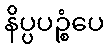
နိပ္ပပဉ္စံပေ